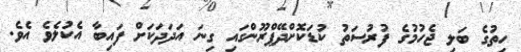
ހިތުގެ ބަލި ޖެހުމުގެ ފުރުސަތު ކުޑަކޮށްދޭޕްރޫންގައި ގިނަ އަދަދަކަށް ފައިބާ އެކުލެވެ އެވެ.